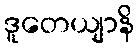
ဒူတေယျာနိ